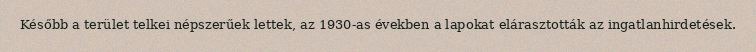
Később a terület telkei népszerűek lettek, az 1930-as években a lapokat elárasztották az ingatlanhirdetések.